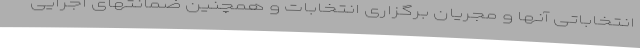
انتخاباتی آنها و مجریان برگزاری انتخابات و همچنین ضمانتهای اجرایی